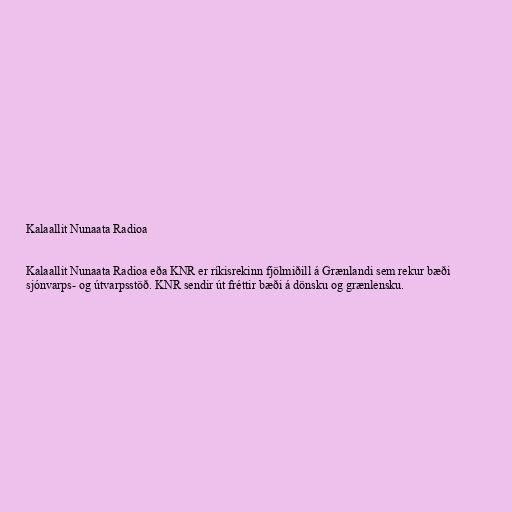
Kalaallit Nunaata Radioa

Kalaallit Nunaata Radioa eða KNR er ríkisrekinn fjölmiðill á Grænlandi sem rekur bæði
sjónvarps- og útvarpsstöð. KNR sendir út fréttir bæði á dönsku og grænlensku.